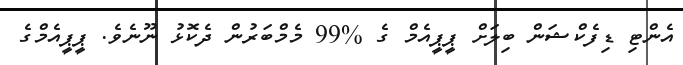
އެންޓި ޑިފެކްޝަން ބިލަށް ޕީޕީއެމް ގެ %99 މެމްބަރުން ދެކޮޅު ނޫނެވެ. ޕީޕީއެމްގެ